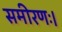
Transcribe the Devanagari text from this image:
समीरणः।